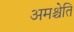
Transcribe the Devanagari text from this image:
अमश्चेति